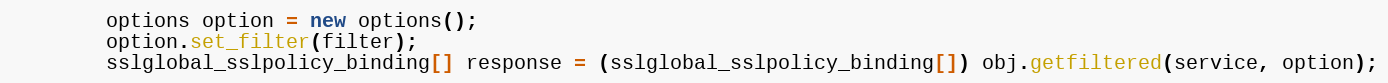
Language: Java
		options option = new options();
		option.set_filter(filter);
		sslglobal_sslpolicy_binding[] response = (sslglobal_sslpolicy_binding[]) obj.getfiltered(service, option);